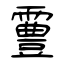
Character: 霻